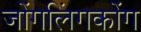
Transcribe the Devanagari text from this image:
जोंगलिंगकोंग